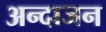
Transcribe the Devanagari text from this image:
अन्दाजन